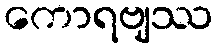
ကောရဗျဿ